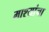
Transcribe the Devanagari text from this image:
माश्यांचा